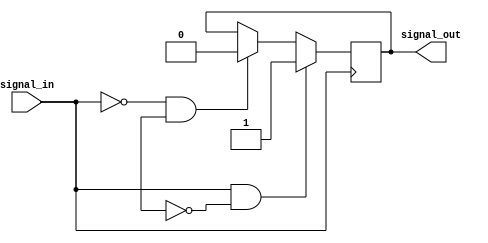
module schmitt_trigger_buffer (
    input wire signal_in,
    output reg signal_out
);

reg last_out;

always @ (posedge signal_in)
begin
    if (signal_in == 1'b1 && last_out == 1'b0)
        signal_out <= 1'b1;
    else if (signal_in == 1'b0 && last_out == 1'b1)
        signal_out <= 1'b0;
end

endmodule